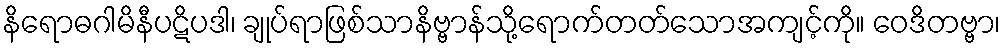
နိရောဓဂါမိနီပဋိပဒါ၊ ချုပ်ရာဖြစ်သာနိဗ္ဗာန်သို့ရောက်တတ်သောအကျင့်ကို။ ဝေဒိတဗ္ဗာ၊